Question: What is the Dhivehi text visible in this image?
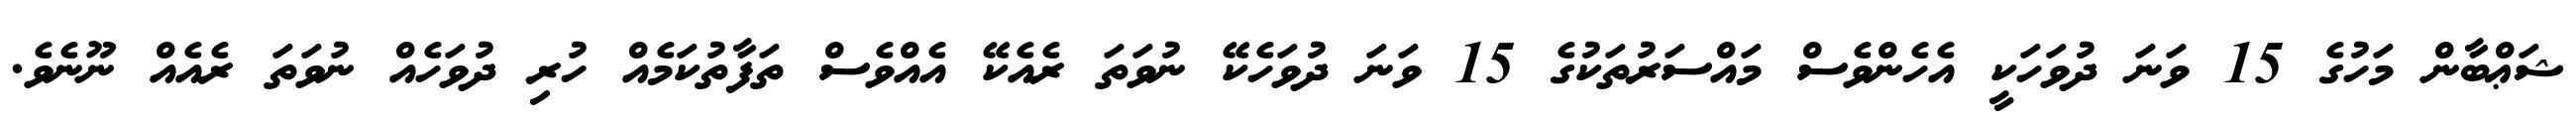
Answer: ޝަޢްބާން މަހުގެ 15 ވަނަ ދުވަހަކީ އެހެންވެސް މައްސަރުތަކުގެ 15 ވަނަ ދުވަހެކޭ ނުވަތަ ރެއެކޭ އެއްވެސް ތަފާތުކަމެއް ހުރި ދުވަހެއް ނުވަތަ ރެއެއް ނޫނެވެ.